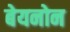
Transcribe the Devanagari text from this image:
बेयनोन